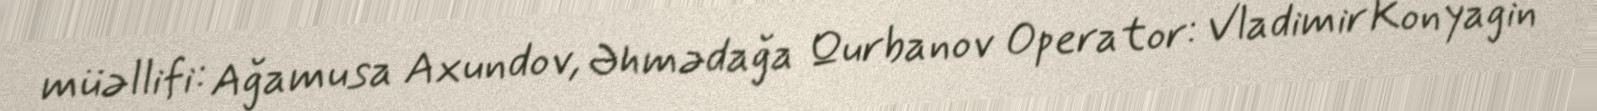
müəllifi: Ağamusa Axundov, Əhmədağa Qurbanov Operator: Vladimir Konyagin